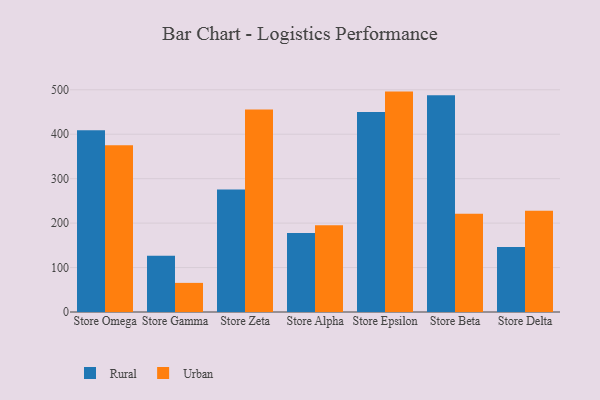
{"axis": {"x": "Store", "y": "Bounce Rate (%)"}, "legend": ["Rural", "Urban"], "data": [{"x": "Store Omega", "y": 408.9, "type": "Rural"}, {"x": "Store Omega", "y": 375.3, "type": "Urban"}, {"x": "Store Gamma", "y": 126.6, "type": "Rural"}, {"x": "Store Gamma", "y": 65.5, "type": "Urban"}, {"x": "Store Zeta", "y": 275.7, "type": "Rural"}, {"x": "Store Zeta", "y": 455.8, "type": "Urban"}, {"x": "Store Alpha", "y": 177.7, "type": "Rural"}, {"x": "Store Alpha", "y": 195.4, "type": "Urban"}, {"x": "Store Epsilon", "y": 449.9, "type": "Rural"}, {"x": "Store Epsilon", "y": 495.9, "type": "Urban"}, {"x": "Store Beta", "y": 487.8, "type": "Rural"}, {"x": "Store Beta", "y": 221.1, "type": "Urban"}, {"x": "Store Delta", "y": 146.2, "type": "Rural"}, {"x": "Store Delta", "y": 227.8, "type": "Urban"}]}